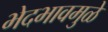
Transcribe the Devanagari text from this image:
भेदभावमुळे